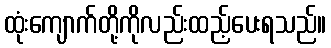
ထုံးကျောက်တို့ကိုလည်းထည့်ပေးရသည်။